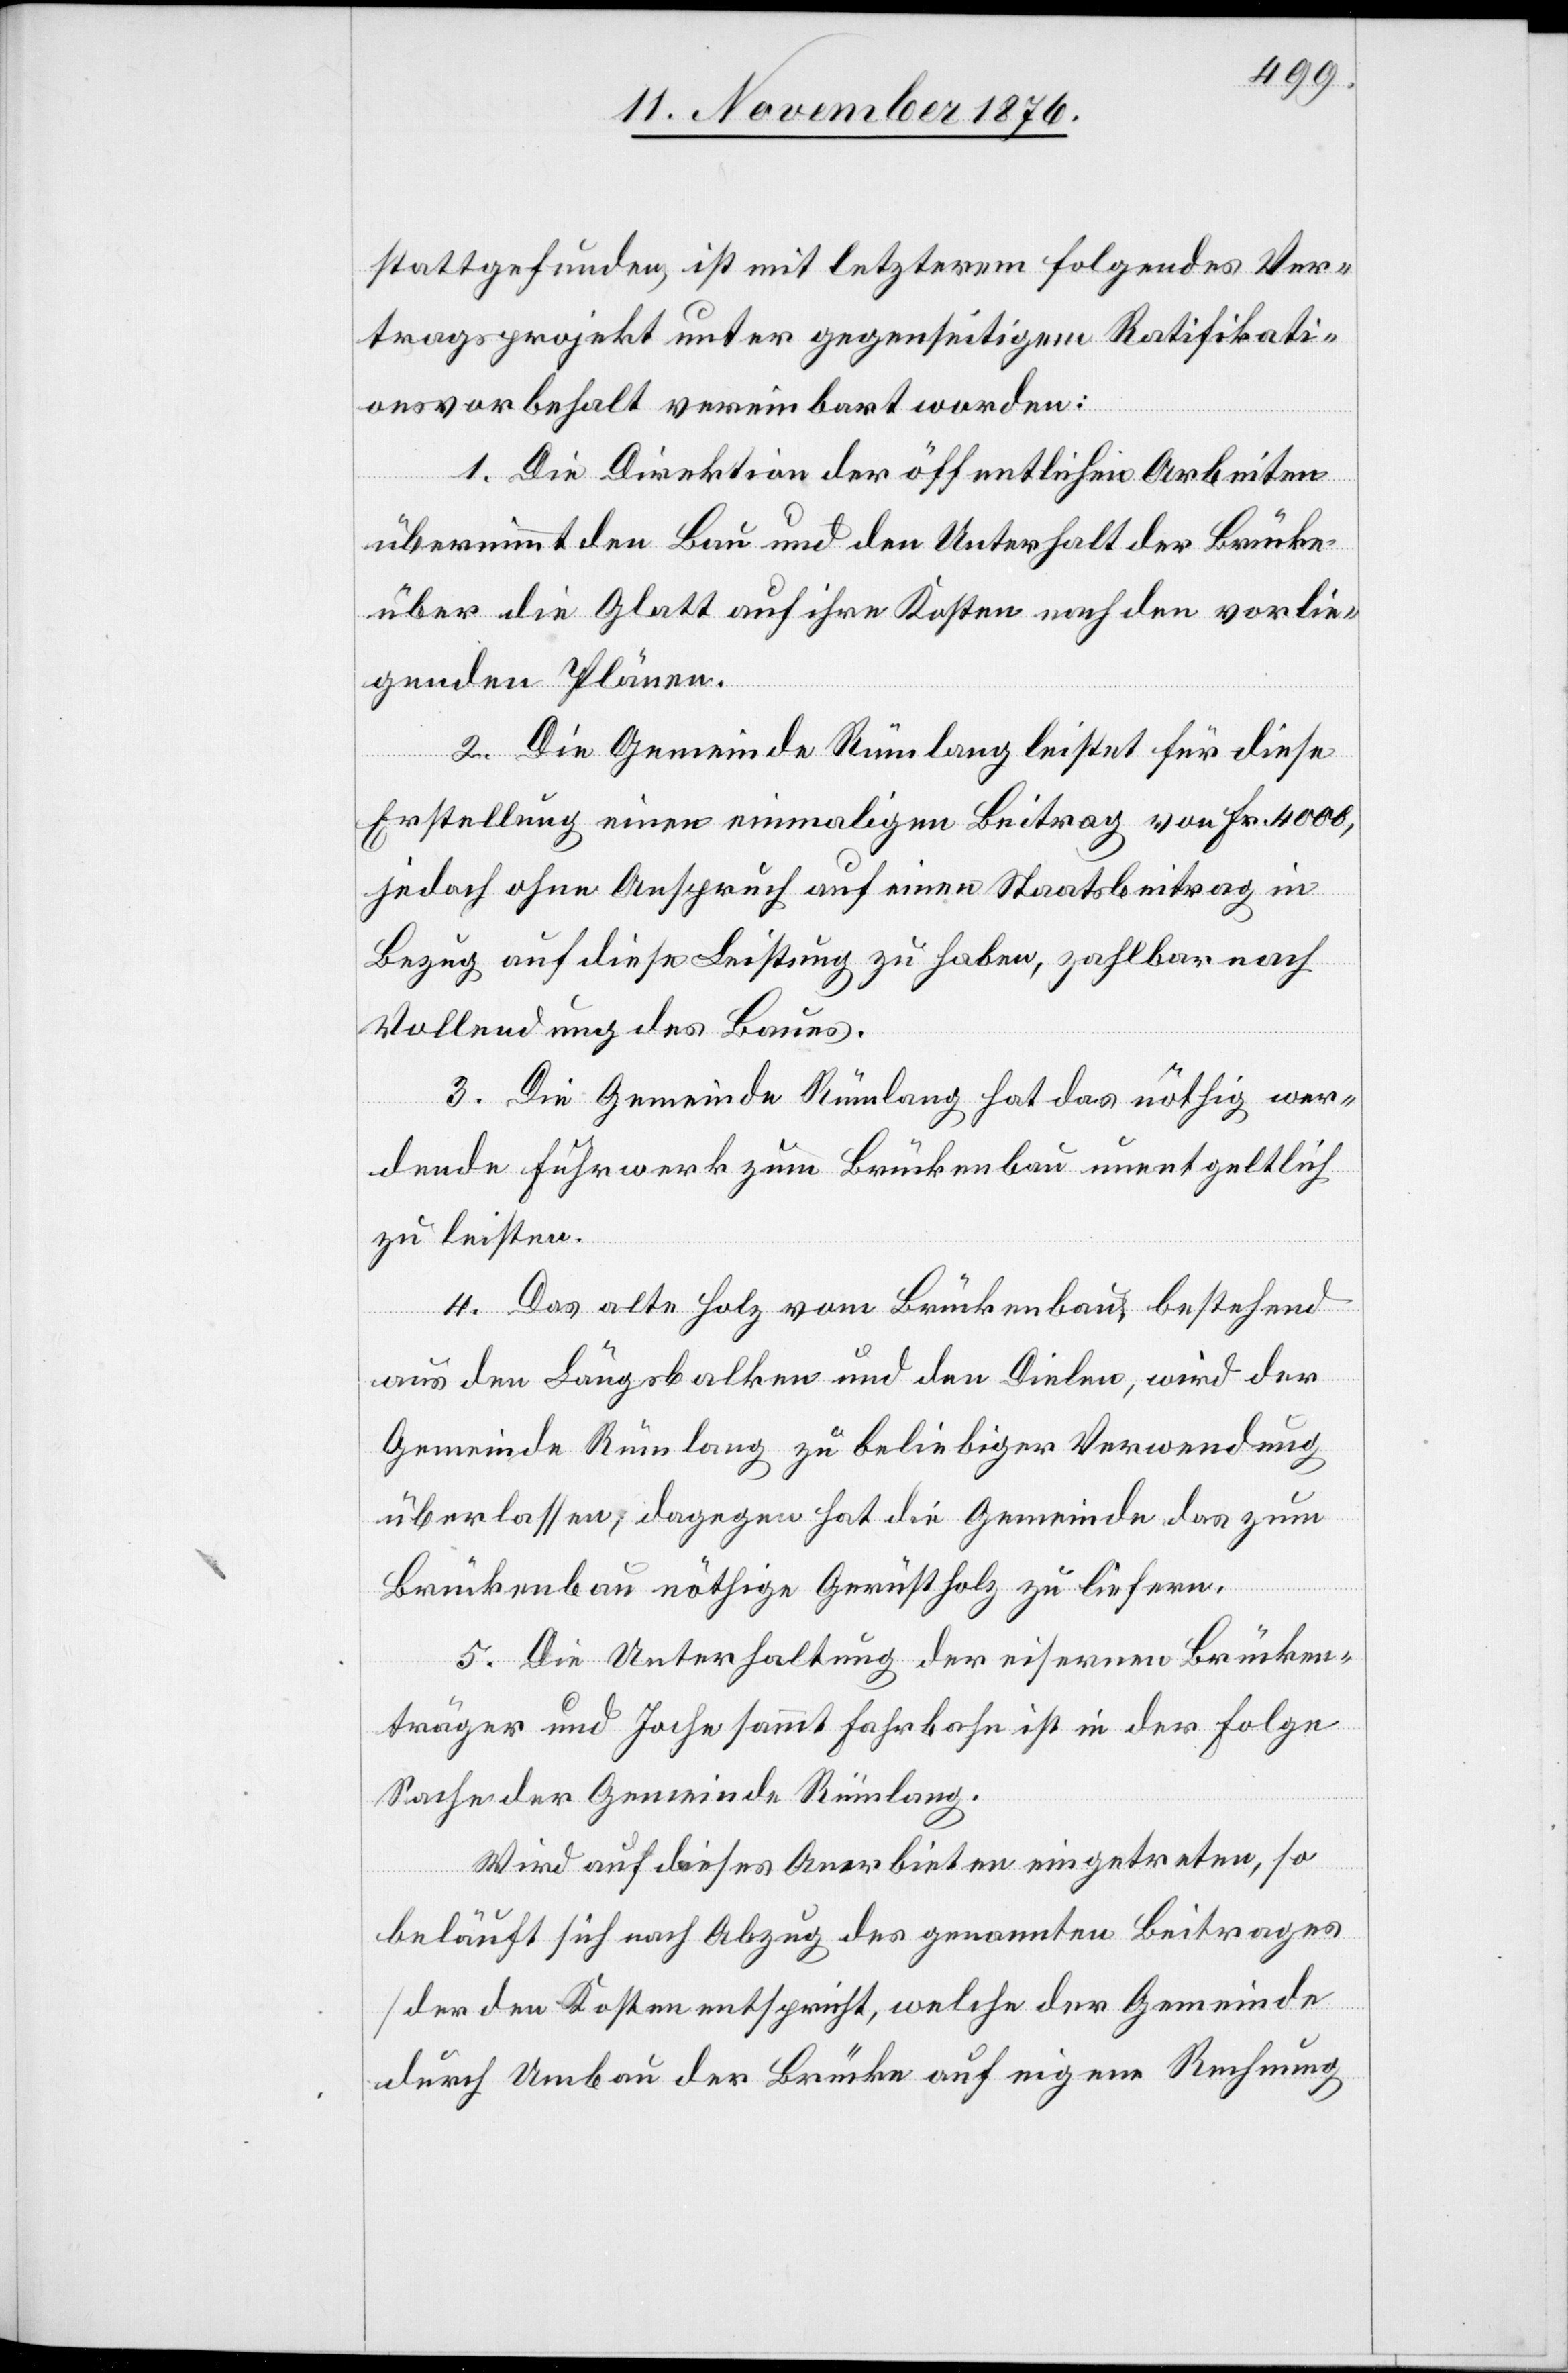
stattgefunden, ist mit letzterem folgendes Ver¬
tragsprojekt unter gegenseitigem Ratifikati¬
onsvorbehalt vereinbart worden:
1. Die Direktion der öffentlichen Arbeiten
übernimmt den Bau und den Unterhalt der Brücke
über die Glatt auf ihre Kosten nach den vorlie¬
genden Plänen.
2. Die Gemeinde Rümlang leistet für diese
Erstellung einen einmaligen Beitrag von Fr. 4000,
jedoch ohne Anspruch auf einen Staatsbeitrag in
Bezug auf diese Leistung zu haben, zahlbar nach
Vollendung des Baues.
3. Die Gemeinde Rümlang hat das nöthig wer¬
dende Fuhrwerk zum Brückenbau unentgeltlich
zu leisten.
4. Das alte Holz vom Brückenbau, bestehend
aus den Längsbalken und den Dielen, wird der
Gemeinde Rümlang zu beliebiger Verwendung
überlassen, dagegen hat die Gemeinde das zum
Brückenbau nöthige Gerüstholz zu liefern.
5. Die Unterhaltung der eisernen Brücken¬
träger und joche sammt Fahrbahn ist in der Folge
Sache der Gemeinde Rümlang.
Wird auf dieses Anerbieten eingetreten, so
beläuft sich nach Abzug des genannten Beitrages
[Der den Kosten entspricht, welche der Gemeinde
durch Umbau der Brücke auf eigene Rechnung